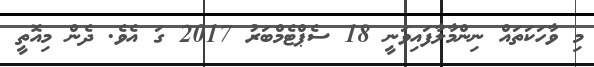
މި ވާހަކަތައް ނިންމާލާފައިވަނީ 18 ސެޕްޓެމްބަރު 2017 ގަ އެވެ. ދެން މިއޮތީ